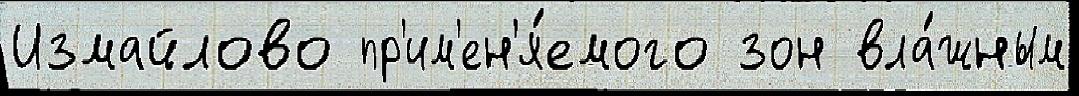
Измайлово пр'им'ен'я́емого зон вла́жным